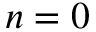
n = 0